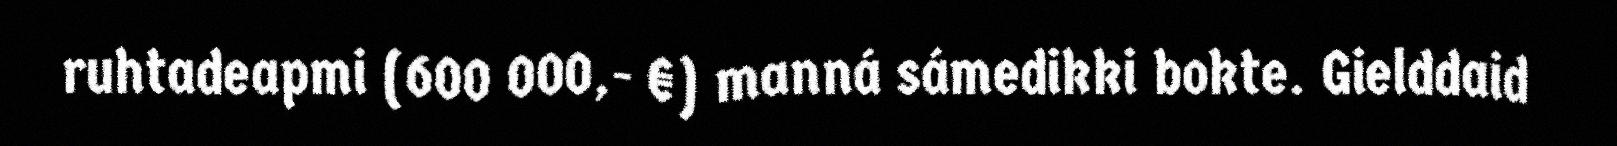
ruhtadeapmi (600 000,- €) manná sámedikki bokte. Gielddaid